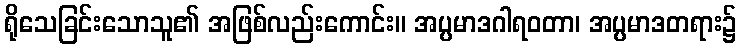
ရိုသေခြင်းသောသူ၏ အဖြစ်လည်းကောင်း။ အပ္ပမာဒဂါရဝတာ၊ အပ္ပမာဒတရား၌